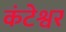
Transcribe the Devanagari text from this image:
कंटेश्वर